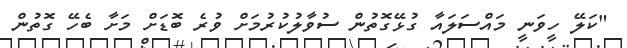
"ކަލޭ ހީވަނީ މައްސަލައާ ގުޅޭގޮތުން ސުވާލުކުރުމަށް ވުރެ ބޮޑަށް މަށާ ބެހޭ ގޮތުން